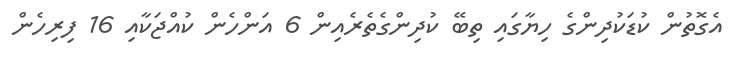
އެގޮތުން ކުޑަކުދިންގެ ހިޔާގައި ތިބޭ ކުދިންގެތެރެއިން 6 އަންހެން ކުއްޖަކާއި 16 ފިރިހެން